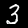
Digit: 3